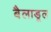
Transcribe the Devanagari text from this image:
बैलाडूल